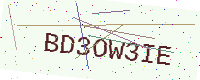
Text: BD3OW3IE